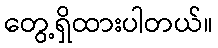
တွေ့ရှိထားပါတယ်။